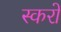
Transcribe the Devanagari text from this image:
स्करो